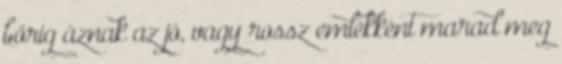
bőrig áznak az jó, vagy rossz emlékként marad meg